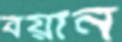
বয়ান